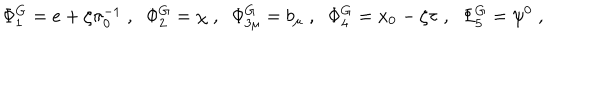
LaTeX: \Phi _ { 1 } ^ { G } = e + \zeta \pi _ { 0 } ^ { - 1 } \; , \; \; \Phi _ { 2 } ^ { G } = \chi \; , \; \; \Phi _ { 3 \mu } ^ { G } = b _ { \mu } \; , \; \; \Phi _ { 4 } ^ { G } = x _ { 0 } - \zeta \tau \; , \; \; \Phi _ { 5 } ^ { G } = \psi ^ { 0 } \; , \; \;